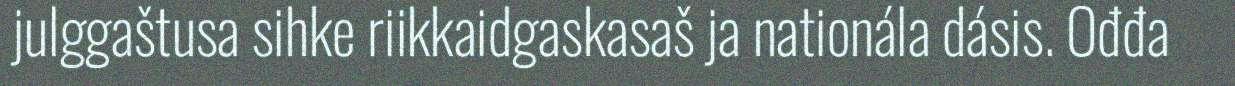
julggaštusa sihke riikkaidgaskasaš ja nationála dásis. Ođđa